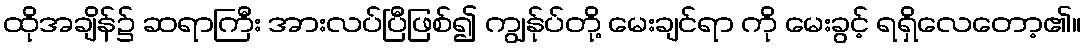
ထိုအချိန်၌ ဆရာကြီး အားလပ်ပြီဖြစ်၍ ကျွန်ုပ်တို့ မေးချင်ရာ ကို မေးခွင့် ရရှိလေတော့၏။